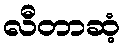
လီတာဆံ့